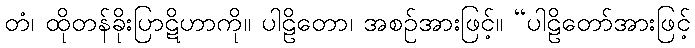
တံ၊ ထိုတန်ခိုးပြာဋိဟာကို။ ပါဠိတော၊ အစဉ်အားဖြင့်။ “ပါဠိတော်အားဖြင့်